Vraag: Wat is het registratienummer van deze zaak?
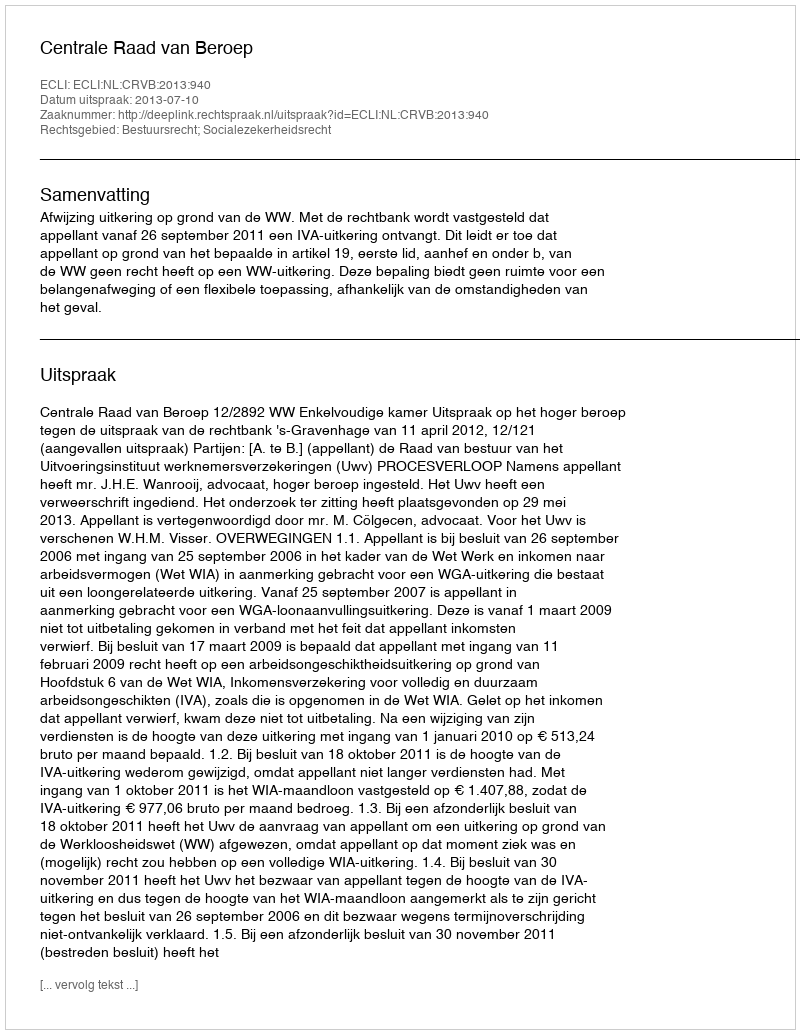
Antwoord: http://deeplink.rechtspraak.nl/uitspraak?id=ECLI:NL:CRVB:2013:940